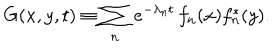
G ( x , y , t ) \equiv \sum _ { n } \, e ^ { - \lambda _ { n } t } \, f _ { n } ( x ) f _ { n } ^ { * } ( y ) .